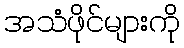
အသံဖိုင်များကို